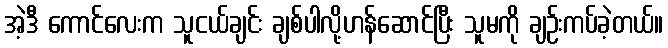
အဲ့ဒီ ကောင်လေးက သူငယ်ချင်း ချစ်ပါလို့ဟန်ဆောင်ပြီး သူမကို ချဉ်းကပ်ခဲ့တယ်။